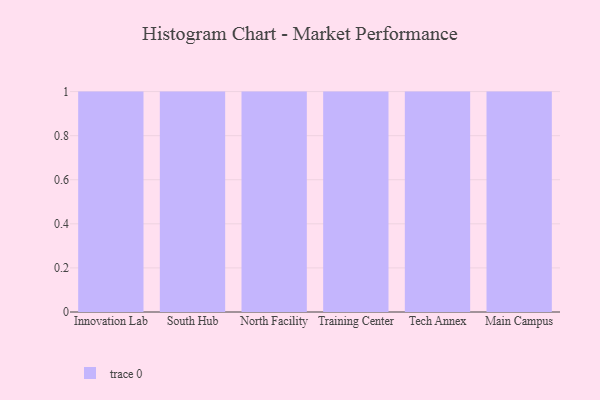
{"axis": {"x": "Campus", "y": "Energy Usage (MWh)"}, "legend": [""], "data": [{"x": "Innovation Lab", "y": 7, "type": ""}, {"x": "South Hub", "y": 99, "type": ""}, {"x": "North Facility", "y": 37, "type": ""}, {"x": "Training Center", "y": 73, "type": ""}, {"x": "Tech Annex", "y": 63, "type": ""}, {"x": "Main Campus", "y": 12, "type": ""}]}